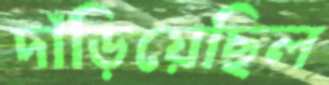
দাঁড়িয়েছিল